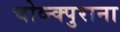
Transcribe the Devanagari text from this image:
चोव्न्क्पुराना